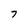
Character: 7